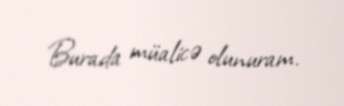
Burada müalicə olunuram.